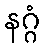
နဂ္ဂံ